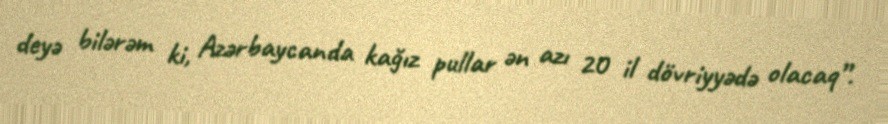
deyə bilərəm ki, Azərbaycanda kağız pullar ən azı 20 il dövriyyədə olacaq”.